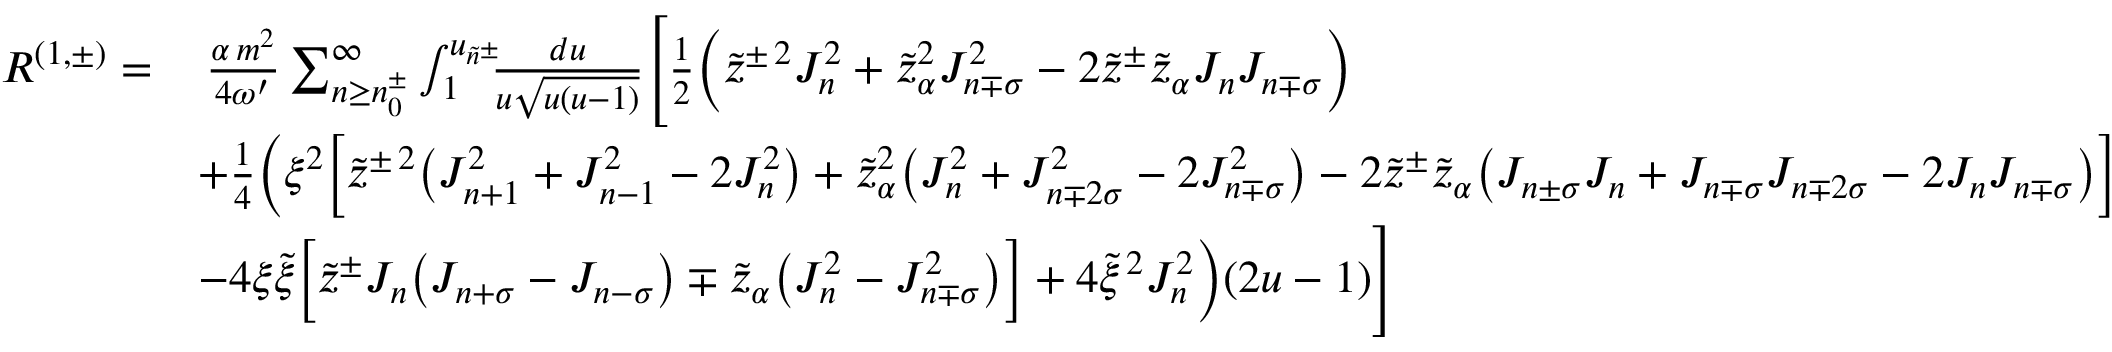
\begin{array} { r l } { R ^ { ( 1 , \pm ) } = } & { \, \frac { \alpha \, m ^ { 2 } } { 4 \omega ^ { \prime } } \sum _ { n \geq n _ { 0 } ^ { \pm } } ^ { \infty } \int _ { 1 } ^ { u _ { \tilde { n } ^ { \pm } } } \! \! \! \frac { d u } { u \sqrt { u ( u - 1 ) } } \Bigg [ \frac { 1 } { 2 } \bigg ( \tilde { z } ^ { \pm \, 2 } J _ { n } ^ { 2 } + \tilde { z } _ { \alpha } ^ { 2 } J _ { n \mp \sigma } ^ { 2 } - 2 \tilde { z } ^ { \pm } \tilde { z } _ { \alpha } J _ { n } J _ { n \mp \sigma } \bigg ) } \\ & { + \frac { 1 } { 4 } \bigg ( \xi ^ { 2 } \Big [ \tilde { z } ^ { \pm \, 2 } \big ( J _ { n + 1 } ^ { 2 } + J _ { n - 1 } ^ { 2 } - 2 J _ { n } ^ { 2 } \big ) + \tilde { z } _ { \alpha } ^ { 2 } \big ( J _ { n } ^ { 2 } + J _ { n \mp 2 \sigma } ^ { 2 } - 2 J _ { n \mp \sigma } ^ { 2 } \big ) - 2 \tilde { z } ^ { \pm } \tilde { z } _ { \alpha } \big ( J _ { n \pm \sigma } J _ { n } + J _ { n \mp \sigma } J _ { n \mp 2 \sigma } - 2 J _ { n } J _ { n \mp \sigma } \big ) \Big ] } \\ & { - 4 \xi \tilde { \xi } \Big [ \tilde { z } ^ { \pm } J _ { n } \big ( J _ { n + \sigma } - J _ { n - \sigma } \big ) \mp \tilde { z } _ { \alpha } \big ( J _ { n } ^ { 2 } - J _ { n \mp \sigma } ^ { 2 } \big ) \Big ] + 4 \tilde { \xi } ^ { \, 2 } J _ { n } ^ { 2 } \bigg ) ( 2 u - 1 ) \Bigg ] } \end{array}